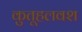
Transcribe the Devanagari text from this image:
कुतूहलवश